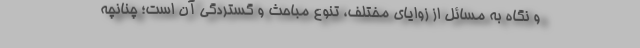
و نگاه به مسائل از زوایای مختلف، تنوع مباحث و گستردگی آن است؛ چنانچه